Scottish Certificate of Education, 1963
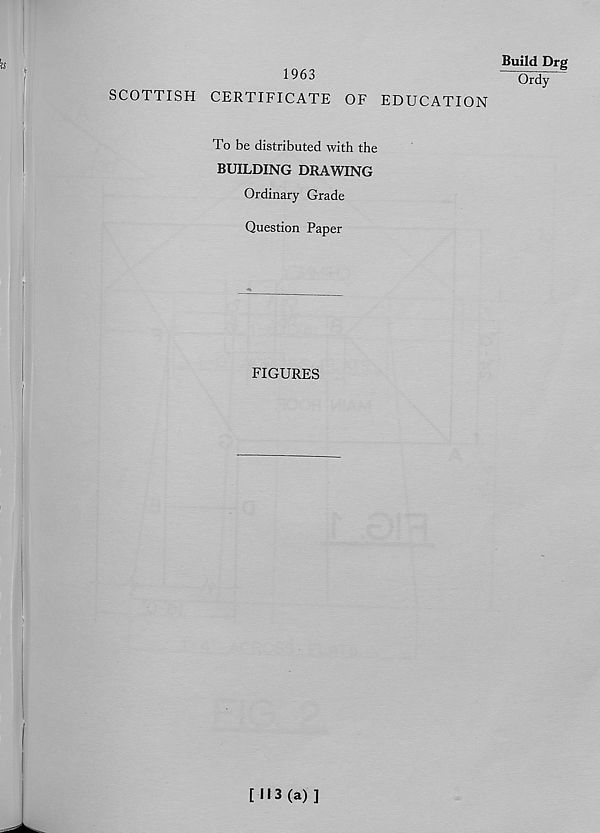
-
Build Drg
Ordy
1963
SCOTTISH CERTIFICATE OF EDUCATION
To be distributed with the
BUILDING DRAWING
Ordinary Grade
Question Paper
FIGURES
[113(a)]